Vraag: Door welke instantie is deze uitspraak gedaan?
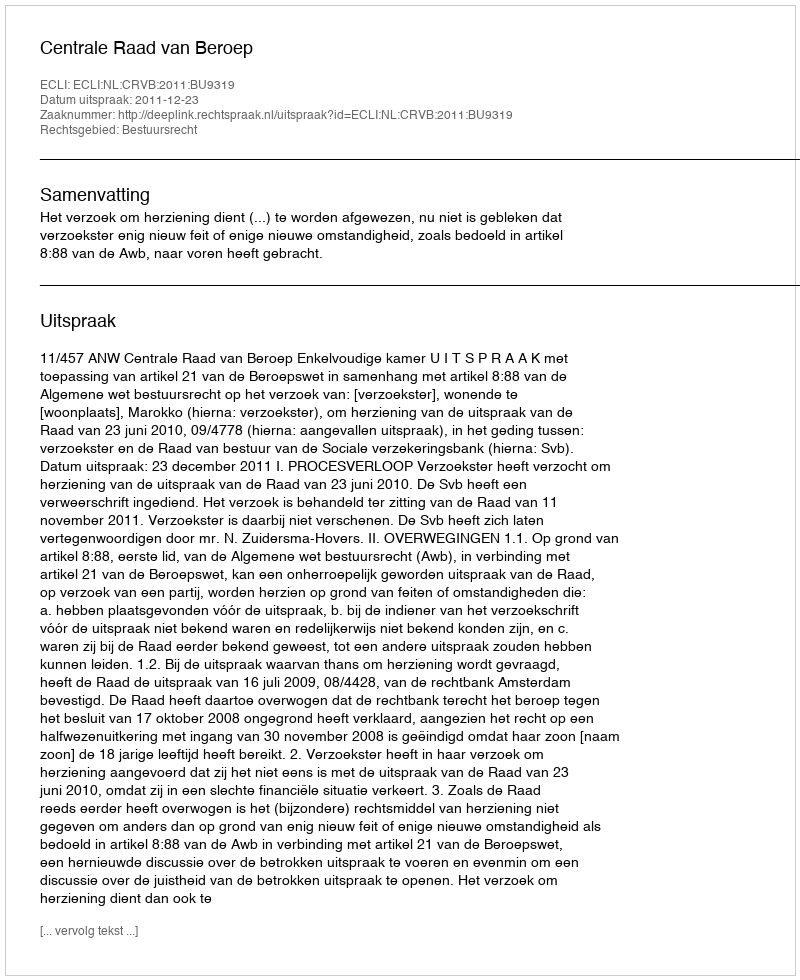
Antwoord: Centrale Raad van Beroep